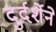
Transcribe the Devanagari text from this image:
दुर्दर्शेने